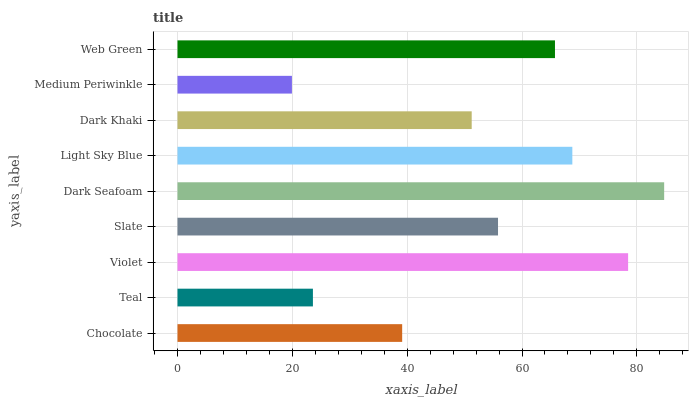
| yaxis_label | bars |
 | --- | --- |
 | Chocolate | 39.1 |
 | Teal | 23.6 |
 | Violet | 78.5 |
 | Slate | 55.8 |
 | Dark Seafoam | 84.8 |
 | Light Sky Blue | 68.8 |
 | Dark Khaki | 51.2 |
 | Medium Periwinkle | 19.9 |
 | Web Green | 65.7 |